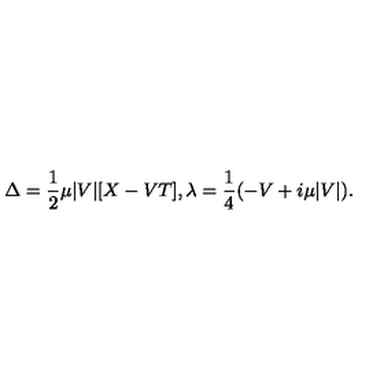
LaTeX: \Delta = { \frac { 1 } { 2 } } \mu | V | [ X - V T ] , \lambda = { \frac { 1 } { 4 } } ( - V + i \mu | V | ) .